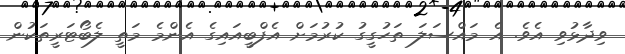
ވިދާޅުވި އެވެ. އެ މައްސަލަ ތަހުގީގު ކުރުމަަށް އެފްބީއައިގެ އެންމެ މަތީ ލެބޯޓަރީތަކުން